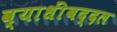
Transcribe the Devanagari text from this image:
व्याधींबद्दल